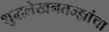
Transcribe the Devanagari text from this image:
शुद्धलेखनतज्‍ज्ञांचा